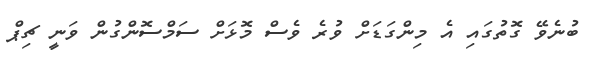
ބުނެވޭ ގޮތުގައި އެ މިންގަޑަށް ވުރެ ވެސް މޮޅަށް ސަމްސޮންގުން ވަނީ ޗިޕް